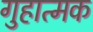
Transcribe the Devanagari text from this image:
गुहात्मक